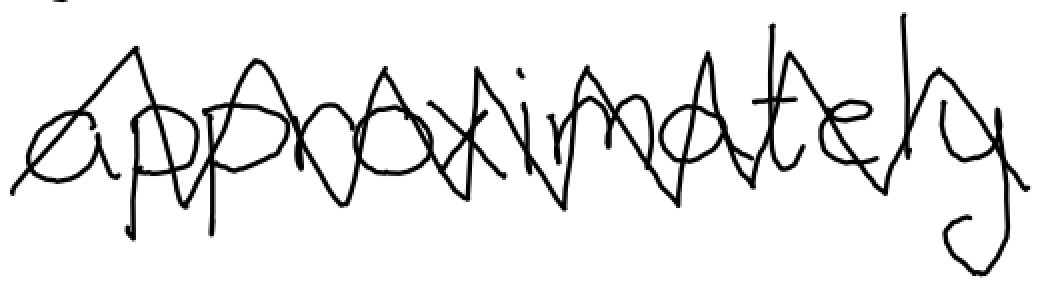
Text: approximately
Cross-out: zig-zag
Writing tool: digital_black